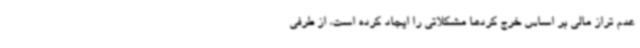
عدم تراز مالی بر اساس خرج کردها مشکلاتی را ایجاد کرده است، از طرفی